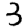
Digit: 3